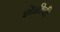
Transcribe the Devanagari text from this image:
शेळीची